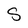
Character: S